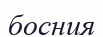
босния